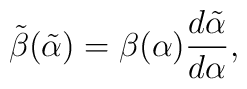
\tilde\beta(\tilde\alpha) = \beta(\alpha)\frac{d\tilde\alpha}{d\alpha},